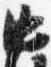
中